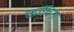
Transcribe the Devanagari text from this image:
कॉविना